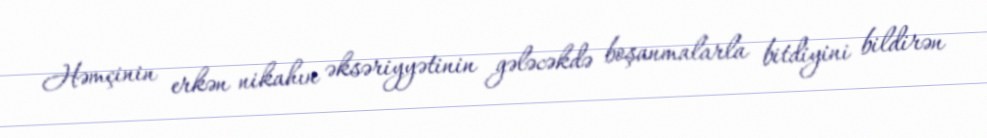
Həmçinin erkən nikahın əksəriyyətinin gələcəkdə boşanmalarla bitdiyini bildirən